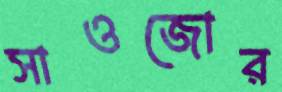
সাওজোর